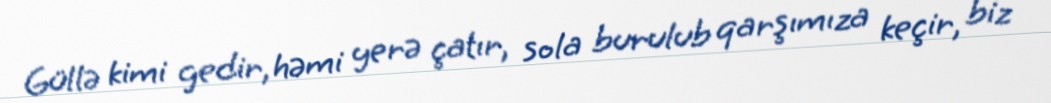
Güllə kimi gedir, həmi yerə çatır, sola burulub qarşımıza keçir, biz